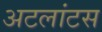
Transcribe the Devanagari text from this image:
अटलांटस